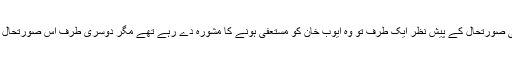
چنانچہ ملک کی بگڑتی ہوئی سیاسی صورتحال کے پیش نظر ایک طرف تو وہ ایوب خان کو مستعفی ہونے کا مشورہ دے رہے تھے مگر دوسری طرف اس صورتحال سے فائدہ بھی اٹھانا چاہ رہے تھے۔